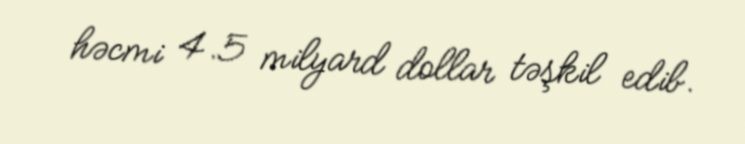
həcmi 4.5 milyard dollar təşkil edib.